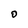
Character: D